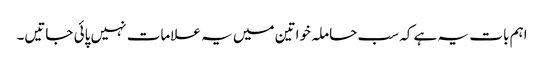
اہم بات یہ ہے کہ سب حاملہ خواتین میں یہ علامات نہیں پائی جاتیں۔